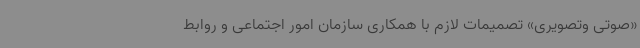
«صوتی وتصویری» تصمیمات لازم با همکاری سازمان امور اجتماعی و روابط